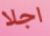
اجلا